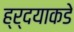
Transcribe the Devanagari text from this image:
ह्र्दयाकडे